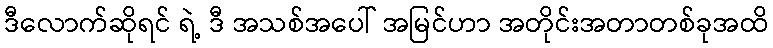
ဒီလောက်ဆိုရင် ရဲ့ ဒီ အသစ်အပေါ် အမြင်ဟာ အတိုင်းအတာတစ်ခုအထိ